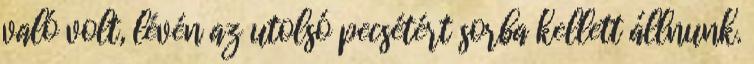
való volt, lévén az utolsó pecsétért sorba kellett állnunk.